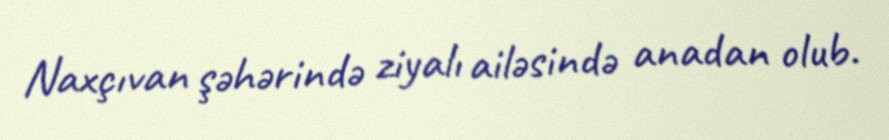
Naxçıvan şəhərində ziyalı ailəsində anadan olub.